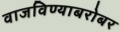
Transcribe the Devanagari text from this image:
वाजविण्याबरोबर